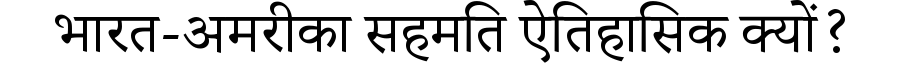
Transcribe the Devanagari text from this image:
भारत-अमरीका सहमति ऐतिहासिक क्यों?